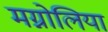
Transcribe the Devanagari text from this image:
मग्नोलिया